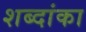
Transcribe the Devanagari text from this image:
शब्दांका